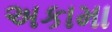
અકામા